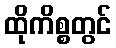
ထိုကိစ္စတွင်